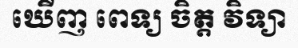
ឃើញ ពេទ្យ ចិត្ត វិទ្យា